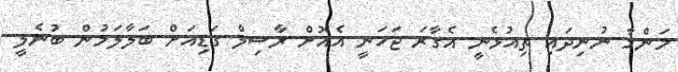
މަންމާ ނުނިދައި ތިއުޅެނީ އެގާރަ ޖަހަނީ އެއޮށް ރާސިލް ގަޑިއަށް ބަލާލަމުން ބުނެލީ